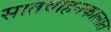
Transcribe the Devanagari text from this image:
सातवाहनकालात